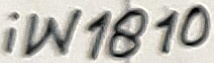
Text: iW1810